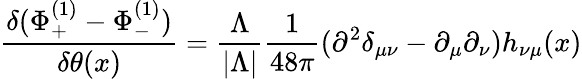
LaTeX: {\frac{\delta(\Phi_{+}^{(1)}-\Phi_{-}^{(1)})}{\delta\theta(x)}}={\frac{\Lambda}{|\Lambda|}}{\frac{1}{48\pi}}(\partial^{2}\delta_{\mu\nu}-\partial_{\mu}\partial_{\nu})h_{\nu\mu}(x)